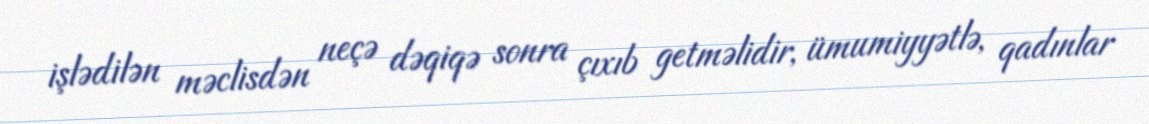
işlədilən məclisdən neçə dəqiqə sonra çıxıb getməlidir, ümumiyyətlə, qadınlar